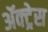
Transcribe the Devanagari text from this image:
ॲक्ट्रेस